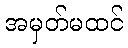
အမှတ်မထင်